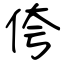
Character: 侉